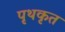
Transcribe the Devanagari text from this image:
पृथकृत